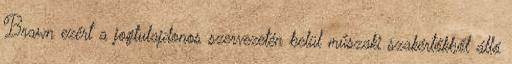
Brawn ezért a jogtulajdonos szervezetén belül műszaki szakértőkből álló